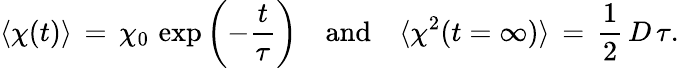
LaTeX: \langle\chi(t)\rangle\, =\, \chi_{0}\, \exp\left(-\frac{t}{\tau}\right)\quad\mathrm{and}\quad\langle\chi^{2}(t=\infty)\rangle\, =\, \frac{1}{2}\, D\, \tau.